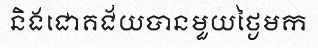
និងជោគជ័យបានមួយថ្ងៃមក